Scientific memoirs by medical officers of the Army of India - Part VIII,
Year: 1894
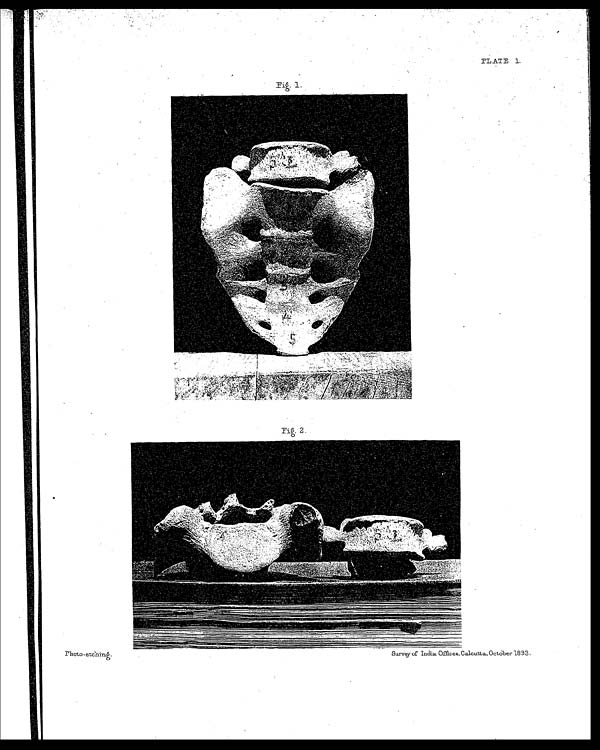
PLATE 1.
Photo-etching.
Survey of India Offices, Calcutta, October 1893.